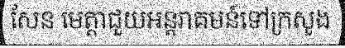
សែន មេត្តាជួយអន្តរាគមន៍ទៅក្រសួង